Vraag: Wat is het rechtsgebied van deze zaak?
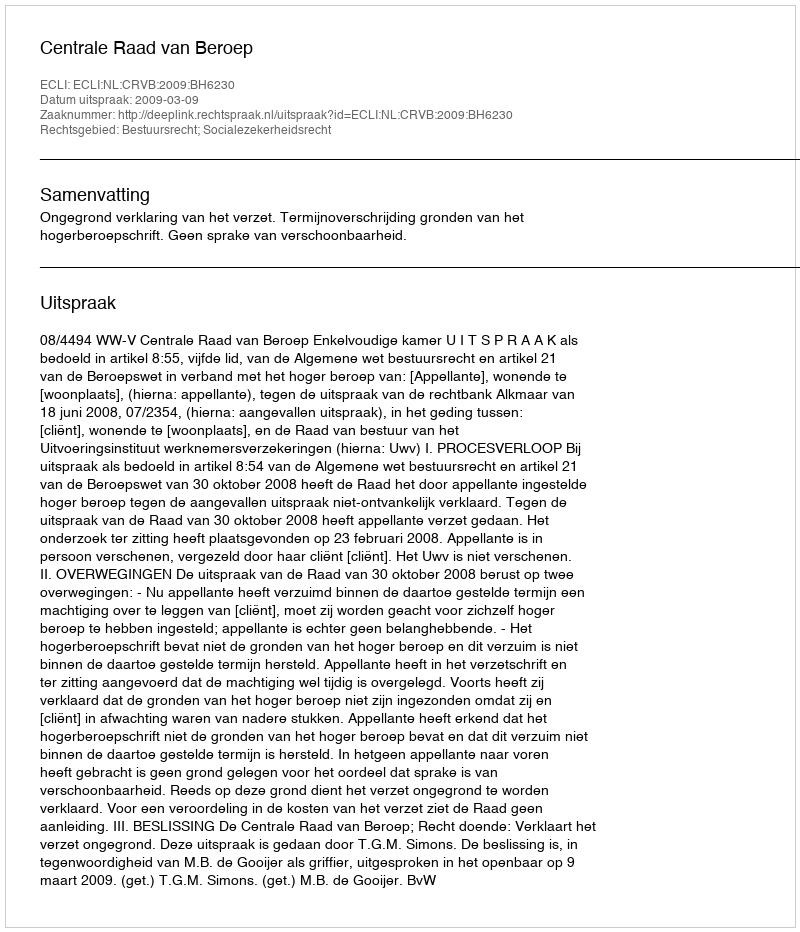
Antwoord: Bestuursrecht; Socialezekerheidsrecht